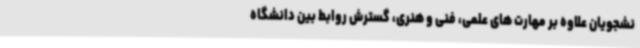
نشجویان علاوه بر مهارت های علمی، فنی و هنری، گسترش روابط بین دانشگاه